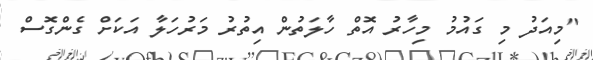
"މިއަދު މި ގައުމު މިހާރު އޮތް ހާލަތުން އިތުރު މަރުހަލާ އަކަށް ގެންގޮސް